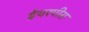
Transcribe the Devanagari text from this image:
ईयरपीस